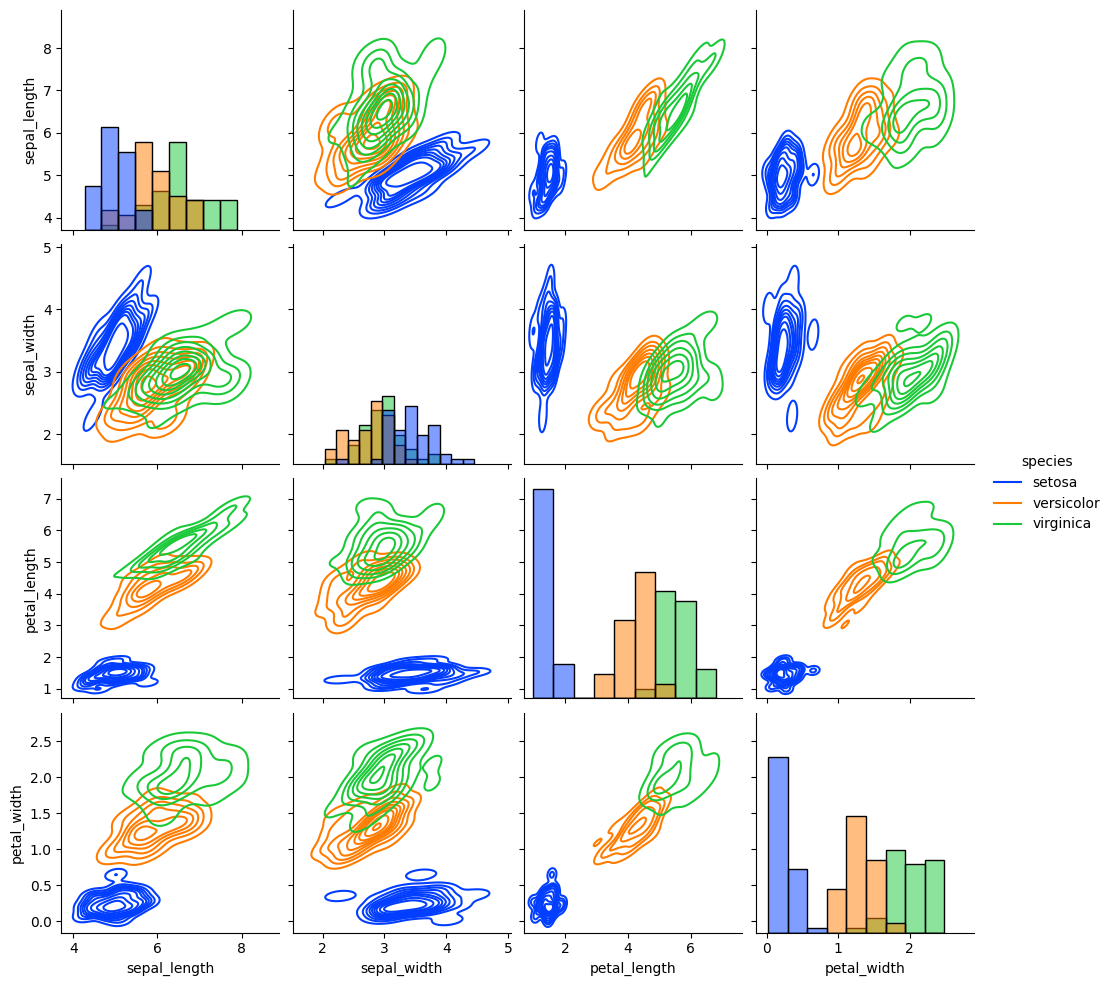
python, seaborn, pairplot, palette='bright', markers=['o'], kind='kde', diag_kind='hist'